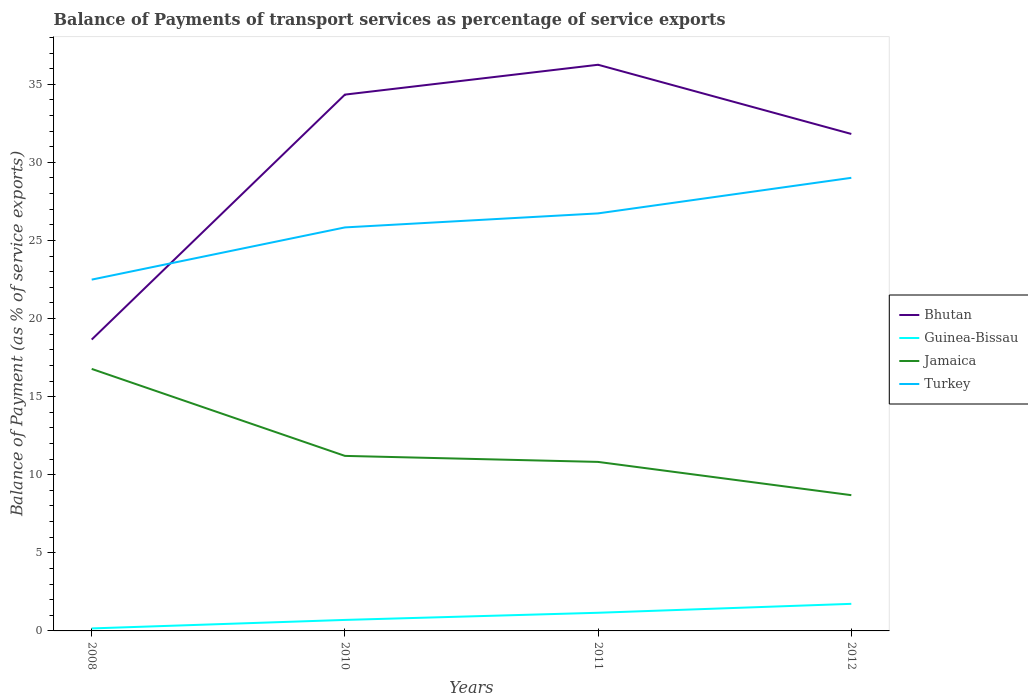
| Years | Bhutan | Guinea-Bissau | Jamaica | Turkey |
 | --- | --- | --- | --- | --- |
 | 2008 | 18.7 | 0.16 | 16.8 | 22.5 |
 | 2010 | 34.3 | 0.705 | 11.2 | 25.8 |
 | 2011 | 36.3 | 1.16 | 10.8 | 26.7 |
 | 2012 | 31.8 | 1.73 | 8.69 | 29 |